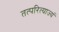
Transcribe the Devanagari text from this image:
तत्परित्याज्यं